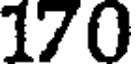
170